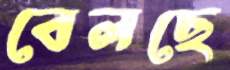
বেলছে